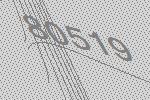
80519